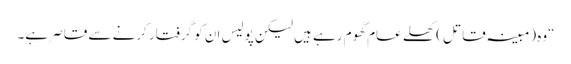
“وہ (مبینہ قاتل) کھلے عام گھوم رہے ہیں لیکن پولیس ان کو گرفتار کرنے سے قاصر ہے۔